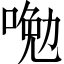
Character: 𠷦